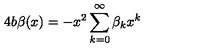
4 b \beta ( x ) = - x ^ { 2 } \sum _ { k = 0 } ^ { \infty } \beta _ { k } x ^ { k }